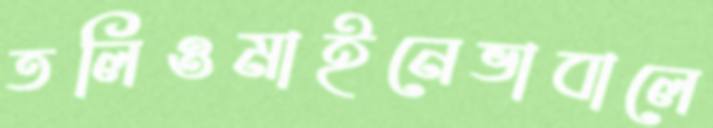
তলিওমাইনেভাবালে